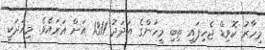
މިހާރު ކޮވިޑް ޖެހިފައި ތިބި މީހުންގެ އަދަދު 1311 އަށް އަރައެވެ. މިއަދަކީ